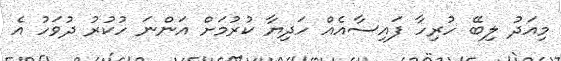
މިއަދު ލިބޭ ހުރިހާ ފައިސާއެއް ހަދިޔާ ކުރުމަށް އަންނަ ހުކުރު ދުވަހު އެ